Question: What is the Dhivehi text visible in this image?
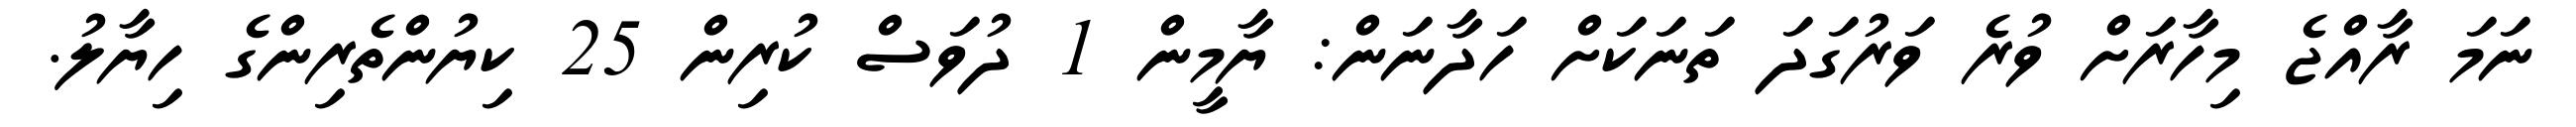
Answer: ނަމަ ރާއްޖެ މިހާރަށް ވުރެ ވަރުގަދަ ތަނަކަށް ހަދާނަން: ޔާމީން 1 ދުވަސް ކުރިން 25 ކިޔުންތެރިންގެ ހިޔާލު.